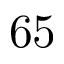
6 5